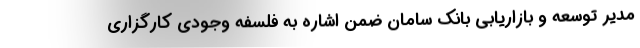
مدیر توسعه و بازاریابی بانک سامان ضمن اشاره به فلسفه وجودی کارگزاری